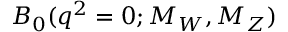
B _ { 0 } ( q ^ { 2 } = 0 ; M _ { W } , M _ { Z } )